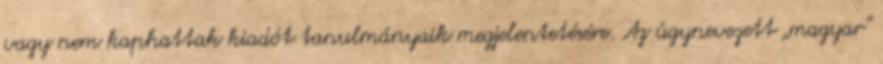
vagy nem kaphattak kiadót tanulmányaik megjelentetésére. Az úgynevezett „magyar”